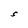
Character: S